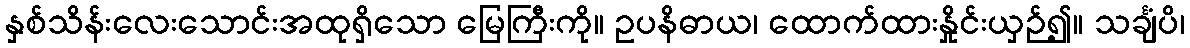
နှစ်သိန်းလေးသောင်းအထုရှိသော မြေကြီးကို။ ဥပနိဓာယ၊ ထောက်ထားနှိုင်းယှဉ်၍။ သင်္ချံပိ၊